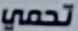
تحمي